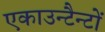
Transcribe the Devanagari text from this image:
एकाउन्टैन्टों